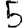
Digit: 5